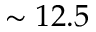
\sim 1 2 . 5